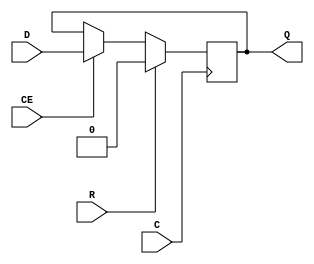
/*
 * Implementation of Spartan-6 FDRE for simulation. This is a
 * D-flipflop with enable and synchronous reset.
 */
module FDRE(
    output reg Q, 
    input C, 
    input CE, 
    input D, 
    input R );

    always @(posedge C)
        if( R )
            Q <= 0;
        else if( CE )
            Q <=  D;

endmodule